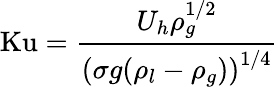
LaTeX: \mathrm{Ku}={\frac{U_{h}\rho_{g}^{1/2}}{\left({\sigma g(\rho_{l}-\rho_{g})}\right)^{1/4}}}